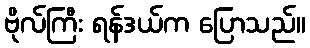
ဗိုလ်ကြီး ရန်ဒယ်က ပြောသည်။